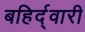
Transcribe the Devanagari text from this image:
बहिर्द्वारी